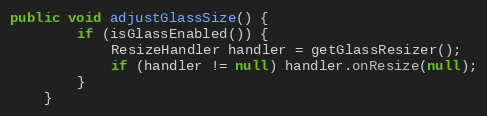
Language: Java
public void adjustGlassSize() {
        if (isGlassEnabled()) {
            ResizeHandler handler = getGlassResizer();
            if (handler != null) handler.onResize(null);
        }
    }